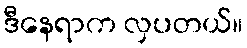
ဒီနေရာက လှပတယ်။